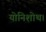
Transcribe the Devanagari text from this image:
योनिशोथ।